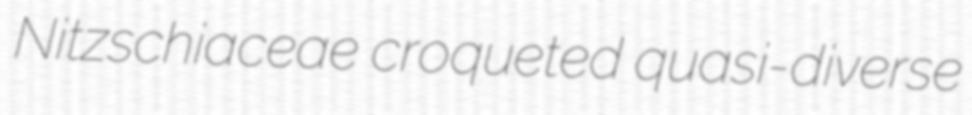
Nitzschiaceae croqueted quasi-diverse